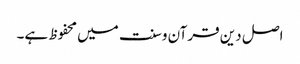
اصل دین قرآن وسنت میں محفوظ ہے۔